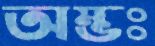
অম্ভঃ